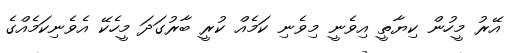
އޭރު މީހުން ކިޔާތީ އިވެނީ މިވެނި ކަމެއް ކުރީ ބާރުގަދަ މީހެކޭ އެވެނިކަމެއްގެ